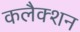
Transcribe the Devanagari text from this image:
कलैक्शन